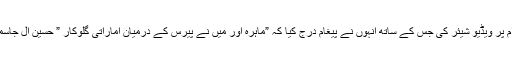
تفصیلات کے مطابق لبنانی اداکارہ نے انسٹا گرام پر ویڈیو شیئر کی جس کے ساتھ انہوں نے پیغام درج کیا کہ ”ماہرہ اور میں نے پیرس کے درمیان اماراتی گلوکار ” حسین ال جاسمی “ کے نئے گانے رقص کرنے کا فیصلہ کیا ۔